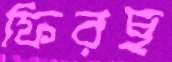
ফিরছ